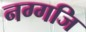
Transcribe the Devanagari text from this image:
नग्गजि